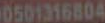
0501316804